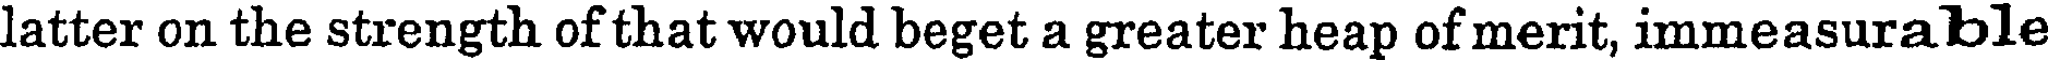
latter on the strength of that would beget a greater heap of merit, immeasurable